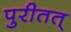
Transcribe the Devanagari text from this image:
पुरीतत्